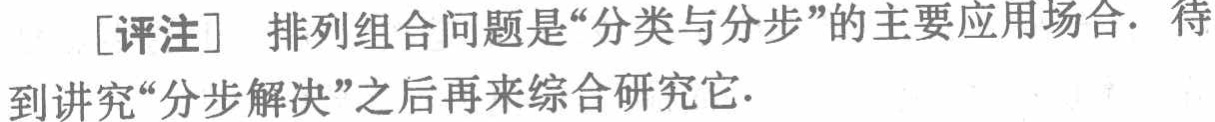
[评注] 排列组合问题是“分类与分步”的主要应用场合. 待到讲究“分步解决”之后再来综合研究它.